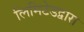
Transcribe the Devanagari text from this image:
लिमिटेडद्वारा